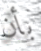
بأن